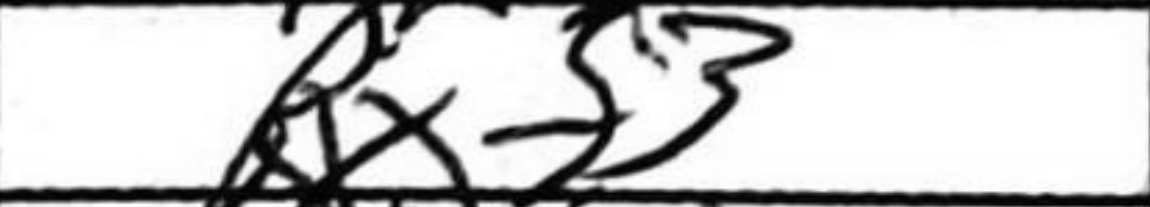
Transcription: Rxf3